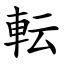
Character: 転